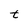
Character: t